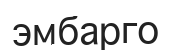
эмбарго